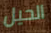
الحيل